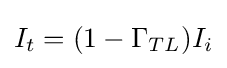
I_{t}=(1-\Gamma _{TL})I_{i}